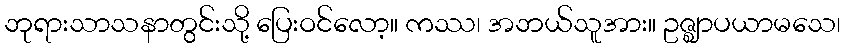
ဘုရားသာသနာတွင်းသို့ ပြေးဝင်လော့။ ကဿ၊ အဘယ်သူအား။ ဥဇ္ဈာပယာမသေ၊